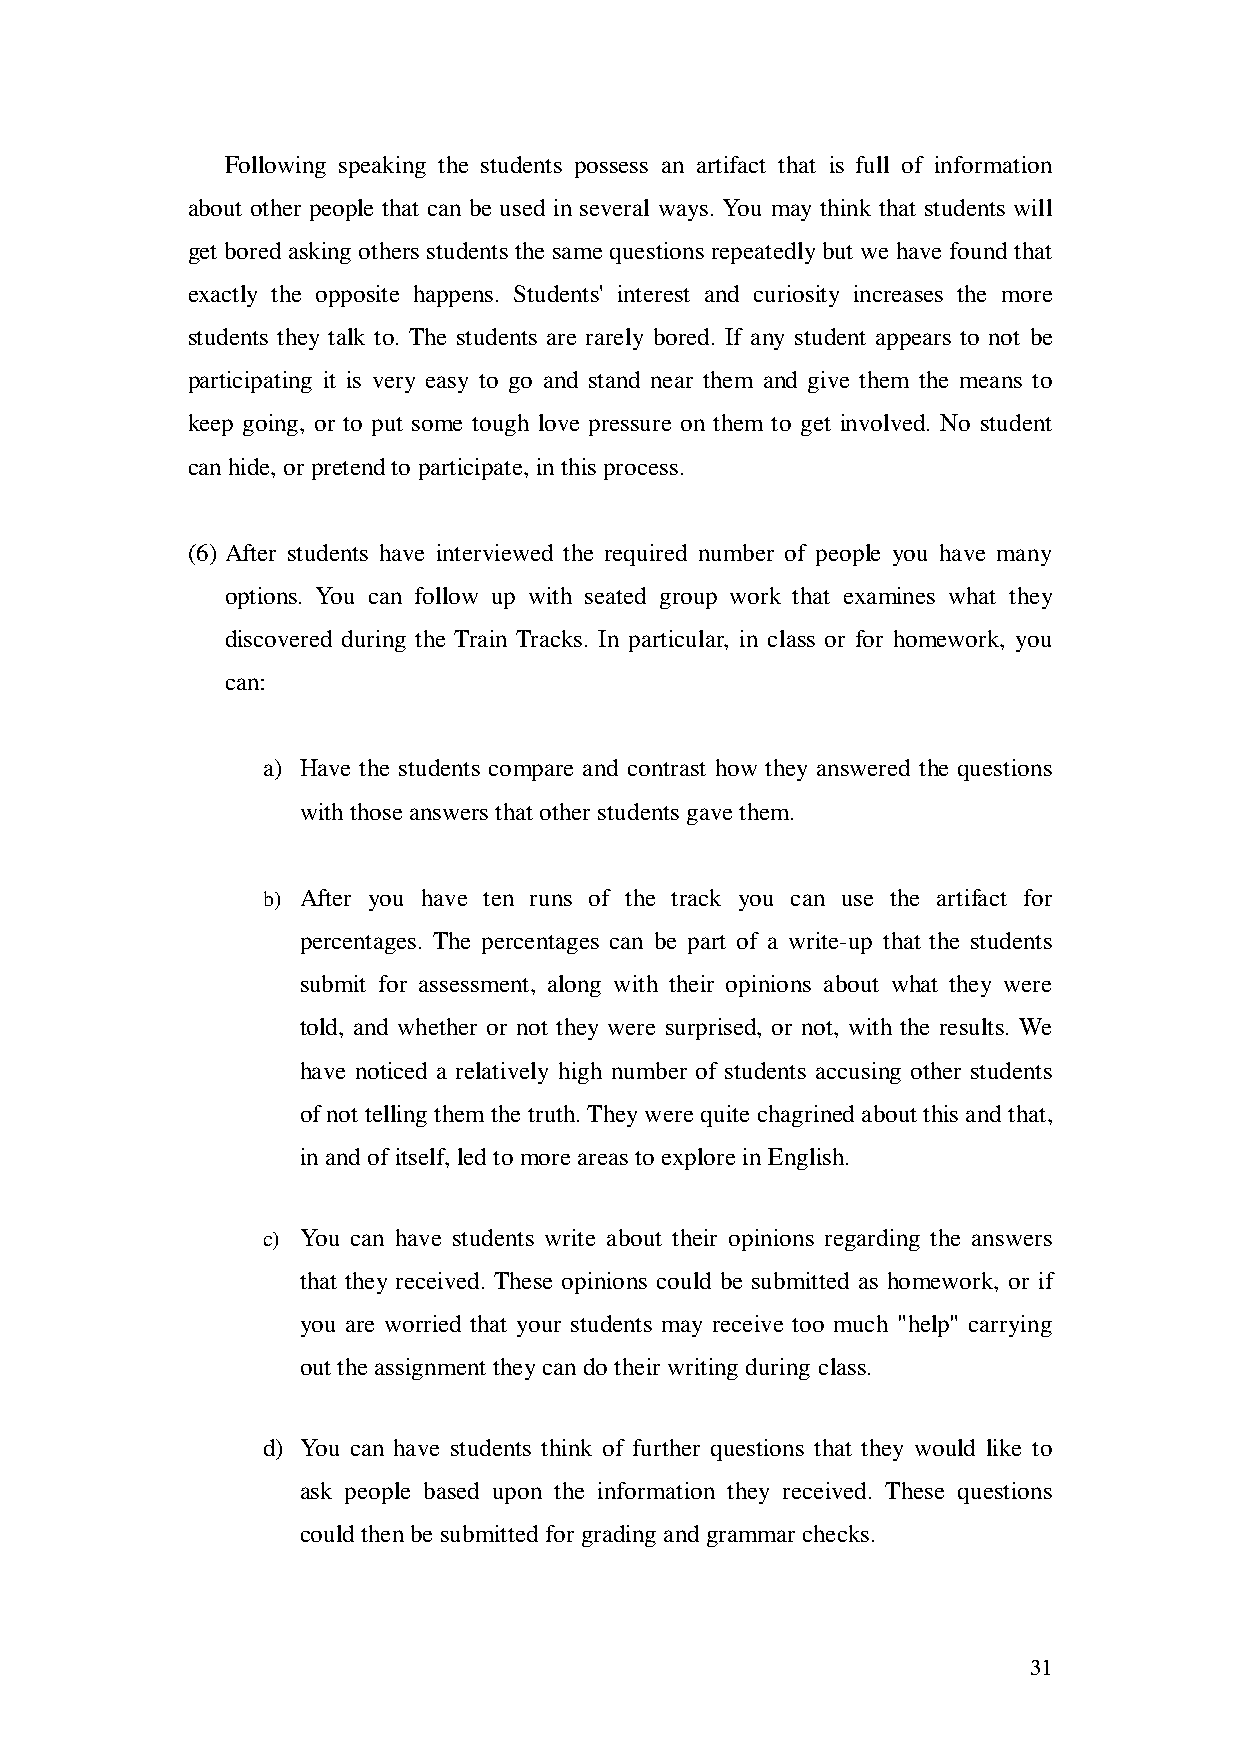
Following speaking the students possess an artifact that is full of information
 about other people that can be used in several ways. You may think that students will
 get bored asking others students the same questions repeatedly but we have found that
 exactly the opposite happens. Students' interest and curiosity increases the more
 students they talk to. The students are rarely bored. If any student appears to not be
 participating it is very easy to go and stand near them and give them the means to
 keep going, or to put some tough love pressure on them to get involved. No student
 can hide, or pretend to participate, in this process.
 (6) After students have interviewed the required number of people you have many
 options. You can follow up with seated group work that examines what they
 discovered during the Train Tracks. In particular, in class or for homework, you
 can:
 a) Have the students compare and contrast how they answered the questions
 with those answers that other students gave them.
 b) After you have ten runs of the track you can use the artifact for
 percentages. The percentages can be part of a write-up that the students
 submit for assessment, along with their opinions about what they were
 told, and whether or not they were surprised, or not, with the results. We
 have noticed a relatively high number of students accusing other students
 of not telling them the truth. They were quite chagrined about this and that,
 in and of itself, led to more areas to explore in English.
 c) You can have students write about their opinions regarding the answers
 that they received. These opinions could be submitted as homework, or if
 you are worried that your students may receive too much "help" carrying
 out the assignment they can do their writing during class.
 d) You can have students think of further questions that they would like to
 ask people based upon the information they received. These questions
 could then be submitted for grading and grammar checks.
 31